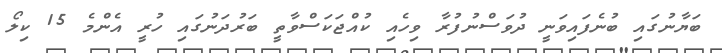
ބަޔާނުގައި ބުނެފައިވަނީ ދުވަސްނުފުރާ ވިހެއި ކުއްޖަކަސްވާތީ ބަރުދަނުގައި ހުރީ އެންމެ 15 ކިލޯ